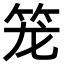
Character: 笼